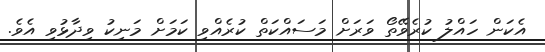
އެކަން ހައްލު ކުރެވޭތޯ ވަރަށް މަސައްކަތް ކުރެއްވި ކަމަށް މަނިކު ވިދާޅުވި އެވެ.